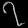
Digit: ၇